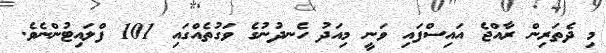
މި ދެތަރިން ރާއްޖެ އައިސްފައި ވަނީ މިއަދު ހެނދުނުގެ ވަގުތެއްގައި 101 ފްލައިޓުންނެވެ.